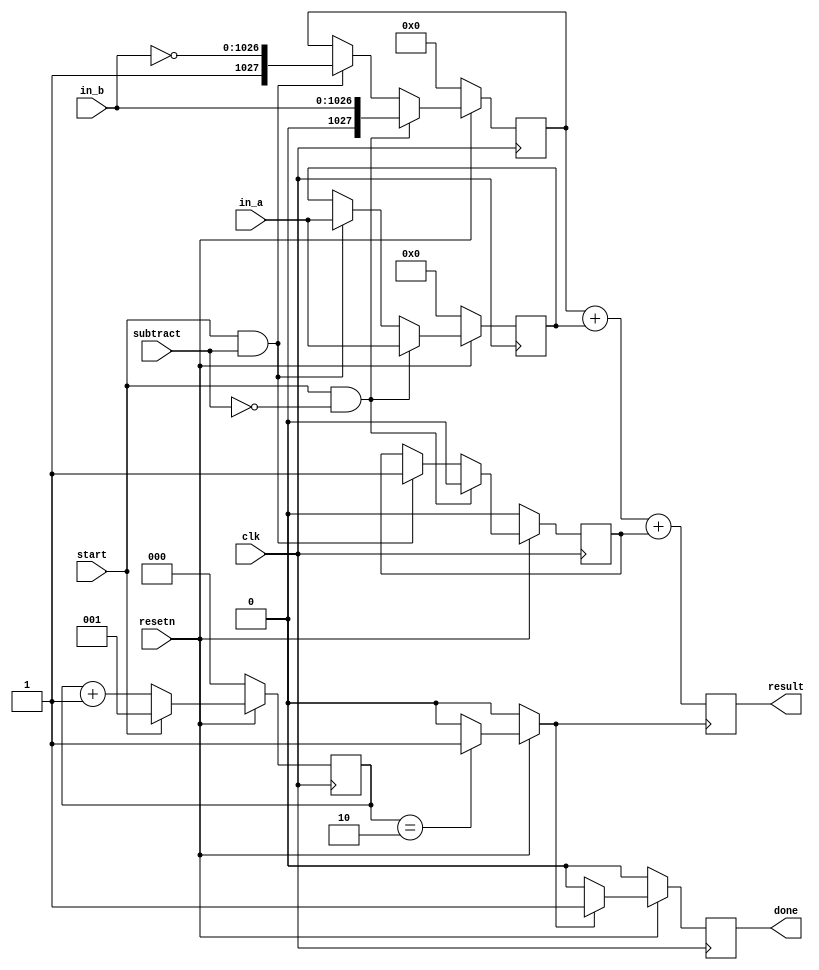


//----------------------------------------------------------------------------------------------------------------------------------

module mpadder(
    input  wire          clk,
    input  wire          resetn,
    input  wire          
    start,
    input  wire          subtract,
    input  wire [1026:0] in_a,
    input  wire [1026:0] in_b,
    output reg  [1027:0] result,
    output wire          done    
    );

reg [2:0] cycle;


    
    reg [1026:0] in_a_reg;
    reg [1027:0] in_b_reg;
    reg done_reg, done_reg_2;
    reg cin_reg;
    

    assign done = done_reg_2;

    always @ (posedge clk)
        begin
            if (!resetn) 
                begin
                    in_a_reg <= 0;
                    in_b_reg <= 0;
                    cin_reg <= 0;
                end
            else if (start && !subtract) begin
                in_a_reg <= in_a;
                in_b_reg <= {1'b0,in_b};
                cin_reg <= 0;
            end
            else if (start && subtract) begin
                in_a_reg <= in_a;
                in_b_reg <= {1'b1, ~in_b};
                cin_reg <= 1;
            end

        end

wire [1027:0] result_wire;
assign result_wire = in_b_reg + in_a_reg + cin_reg; 

always @ (negedge done_reg)
    begin
//        if (!resetn) 
//            begin
//                result <= 0;
//            end
//        else if (cycle == 2)
//            begin
                result <= result_wire;
//            end
//        else begin
//                result <= result;
//        end
    end

        always @ (posedge clk)
        begin
            if (!resetn) 
                begin
                    cycle <= 0;
                end
            else if (start)
                begin
                    cycle <= 1;
                end
            else begin
                cycle <= cycle + 1;
            end
        end

        always @ (*)
            begin
               if (!resetn) begin
                    done_reg = 0;
                end 
                else if (cycle == 2) begin
                    done_reg = 1;
                end
                else begin
                    done_reg = 0;
                end
            end


always@(posedge clk)
begin
   if(!resetn) begin
      done_reg_2 = 0;
   end
   else if (done_reg == 1) begin
      done_reg_2 = 1;
   end
   else begin
      done_reg_2 = 0;
   end
end



endmodule